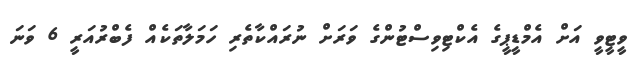
ވީޓީވީ އަށް އެމްޑީޕީގެ އެކްޓިވިސްޓުންގެ ވަރަށް ނުރައްކާތެރި ހަމަލާތަކެއް ފެބްރުއަރީ 6 ވަނަ